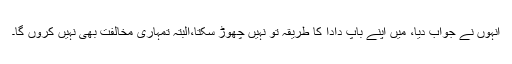
انہوں نے جواب دیا، میں اپنے باپ دادا کا طریقہ تو نہیں چھوڑ سکتا،البتہ تمہاری مخالفت بھی نہیں کروں گا۔